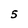
Character: 5